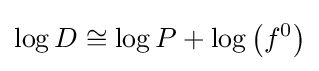
\log D\cong \log P+\log \left(f^{0}\right)